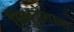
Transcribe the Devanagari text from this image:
सिंधुदेशाला